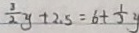
\frac { 3 } { 2 } y + 2 . 5 = 6 + \frac { 1 } { 2 } y